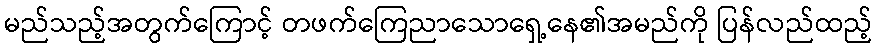
မည်သည့်အတွက်ကြောင့် တဖက်ကြေညာသောရှေ့နေ၏အမည်ကို ပြန်လည်ထည့်